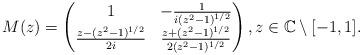
LaTeX: \begin{align*} M(z)= \begin{pmatrix} 1 & -\frac{1}{i (z^2-1)^{1/2}} \\\frac{z- (z^2-1)^{1/2}}{2i} & \frac{z+ (z^2-1)^{1/2}}{2 (z^2-1)^{1/2}}\end{pmatrix}, z \in \mathbb C \setminus [-1,1].\end{align*}